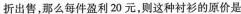
折出售，那么每件盈利20元，则这种衬衫的原价是